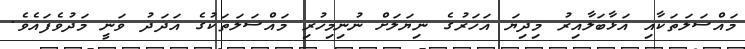
މައްސަލަތަކާއި އަޅާބަލާއިރު މިދިޔަ އަހަރުގެ ނިޔަލަށް ނުނިމިހުރި މައްސަލަތަކުގެ އަދަދު ވަނީ މަދުވެފައެވެ.